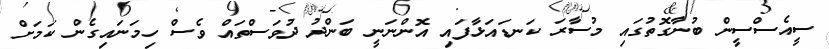
ސީއެސްސީން ބުނާގޮތުގައި މުސާރަ ކަނޑައަޅާފައި އޮންނަނީ ބަންދު ދުވަސްތައް ވެސް ހިމަނައިގެން ކަމަށް